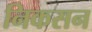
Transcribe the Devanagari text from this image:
निकसन